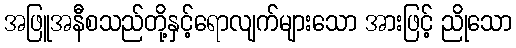
အဖြူအနီစသည်တို့နှင့်ရောလျက်များသော အားဖြင့် ညိုသော